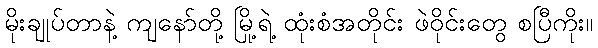
မိုးချုပ်တာနဲ့ ကျနော်တို့ မြို့ရဲ့ ထုံးစံအတိုင်း ဖဲဝိုင်းတွေ စပြီကိုး။